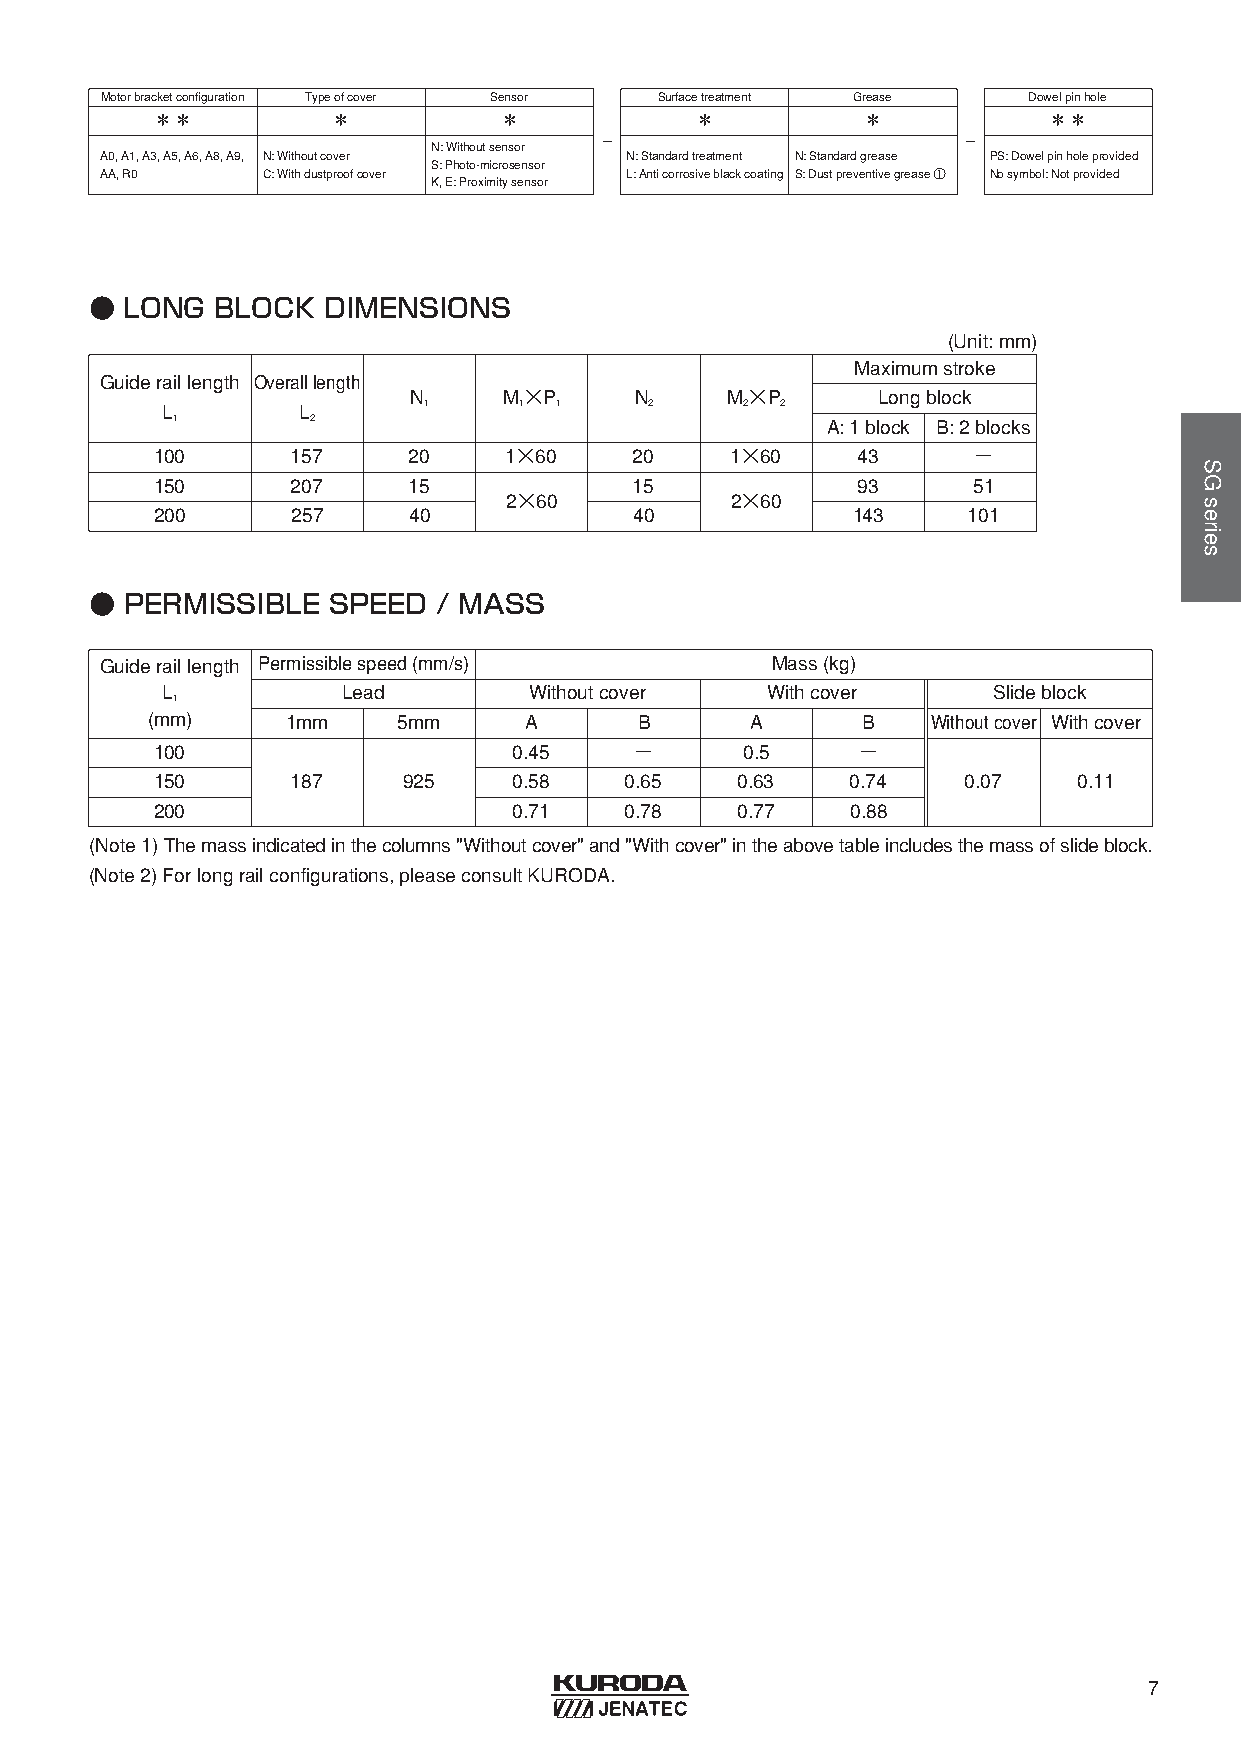
Motorbracketconfiguration Typeofcover Sensor Surfacetreatment Grease Dowelpinhole
 ＊＊          ＊          ＊            ＊          ＊           ＊＊
 -                       -
 N: Withoutsensor
 A0, A1, A3, A5, A6, A8, A9, N: Withoutcover N: Standardtreatment N: Standardgrease PS: Dowelpinholeprovided
 S: Photo-microsensor
 AA, R0    C: Withdustproofcover   L: Anticorrosiveblackcoating S: Dustpreventivegrease ① Nosymbol: Notprovided
 K, E: Proximitysensor
 ● LONG  BLOCK  DIMENSIONS
 (Unit: mm)
 Maximumstroke
 Guideraillength Overalllength
 N     M×P      N     M×P       Longblock
 L        L       1     1  1     2     2  2
 1         2                                 A: 1 block B: 2 blocks
 100      157     20    1×60     20    1×60     43     −
 150      207     15             15             93     51
 2×60           2×60
 200      257     40             40            143     101
 ● PERMISSIBLE   SPEED  / MASS
 Guideraillength Permissiblespeed(mm/s)      Mass(kg)
 L           Lead        Withoutcover    Withcover      Slideblock
 1
 (mm)     1mm    5mm      A      B       A      B    Withoutcover Withcover
 100                     0.45    −      0.5     −
 150      187     925    0.58   0.65    0.63   0.74    0.07   0.11
 200                     0.71   0.78    0.77   0.88
 (Note1) Themassindicatedinthecolumns"Withoutcover" and"Withcover" intheabovetableincludesthemassofslideblock.
 (Note2) Forlongrailconfigurations, pleaseconsultKURODA.
 7
 SGseries